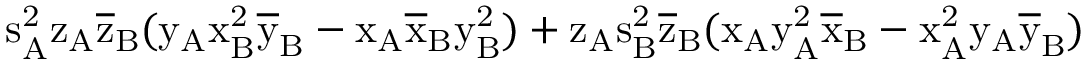
\mathrm { s _ { A } ^ { 2 } \mathrm { z _ { A } \mathrm { \overline { { z } } _ { B } ( \mathrm { y _ { A } \mathrm { x _ { B } ^ { 2 } \mathrm { \overline { { y } } _ { B } - \mathrm { x _ { A } \mathrm { \overline { { x } } _ { B } \mathrm { y _ { B } ^ { 2 } ) + \mathrm { z _ { A } \mathrm { s _ { B } ^ { 2 } \mathrm { \overline { { z } } _ { B } ( \mathrm { x _ { A } \mathrm { y _ { A } ^ { 2 } \mathrm { \overline { { x } } _ { B } - \mathrm { x _ { A } ^ { 2 } \mathrm { y _ { A } \mathrm { \overline { { y } } _ { B } ) } } } } } } } } } } } } } } } } } }